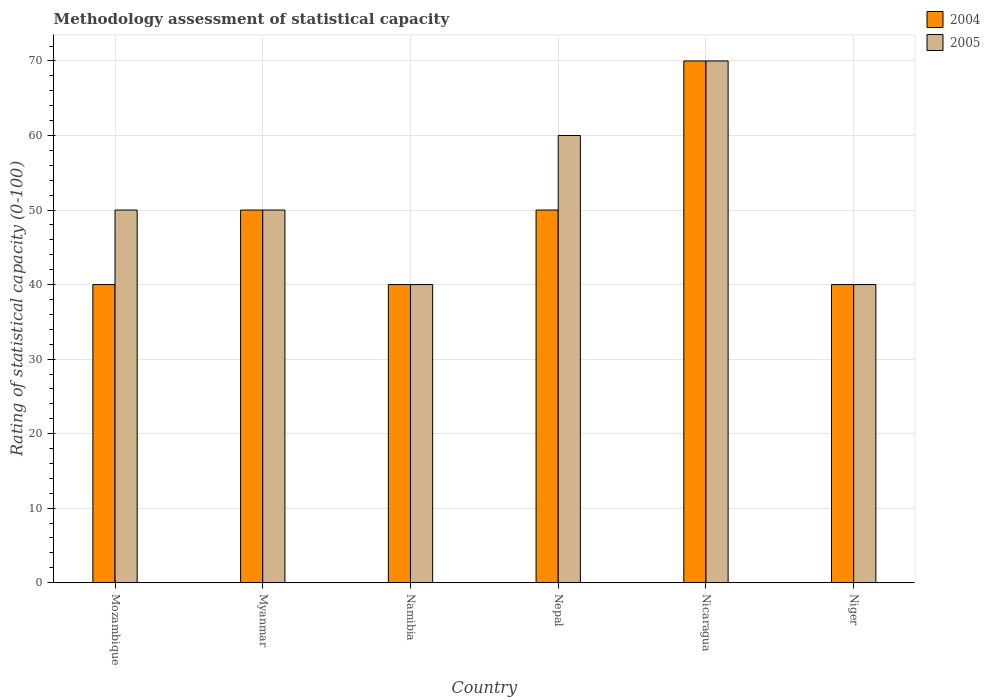
| Country | 2004 | 2005 |
 | --- | --- | --- |
 | Mozambique | 40 | 50 |
 | Myanmar | 50 | 50 |
 | Namibia | 40 | 40 |
 | Nepal | 50 | 60 |
 | Nicaragua | 70 | 70 |
 | Niger | 40 | 40 |